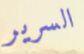
السرير